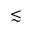
\lesssim